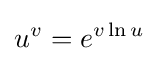
u^{v}=e^{v\ln u}